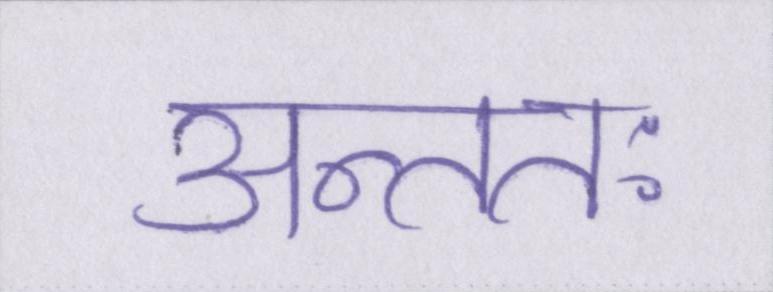
अन्ततः